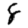
Digit: 8